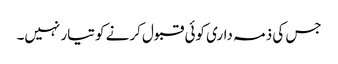
جس کی ذمہ داری کوئی قبول کرنے کو تیار نہیں۔